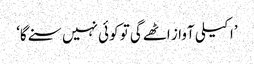
’اکیلی آواز اٹھےگی تو کوئی نہیں سنے گا‘